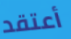
أعتقد